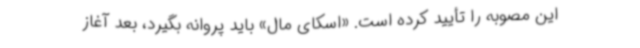
این مصوبه را تأیید کرده است. «اسکای مال» باید پروانه بگیرد، بعد آغاز